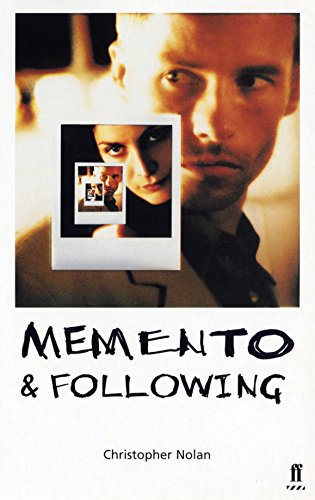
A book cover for Memento & Following; Christopher Nolan; Humor & Entertainment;